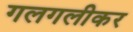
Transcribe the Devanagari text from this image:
गलगलीकर